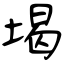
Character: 堨